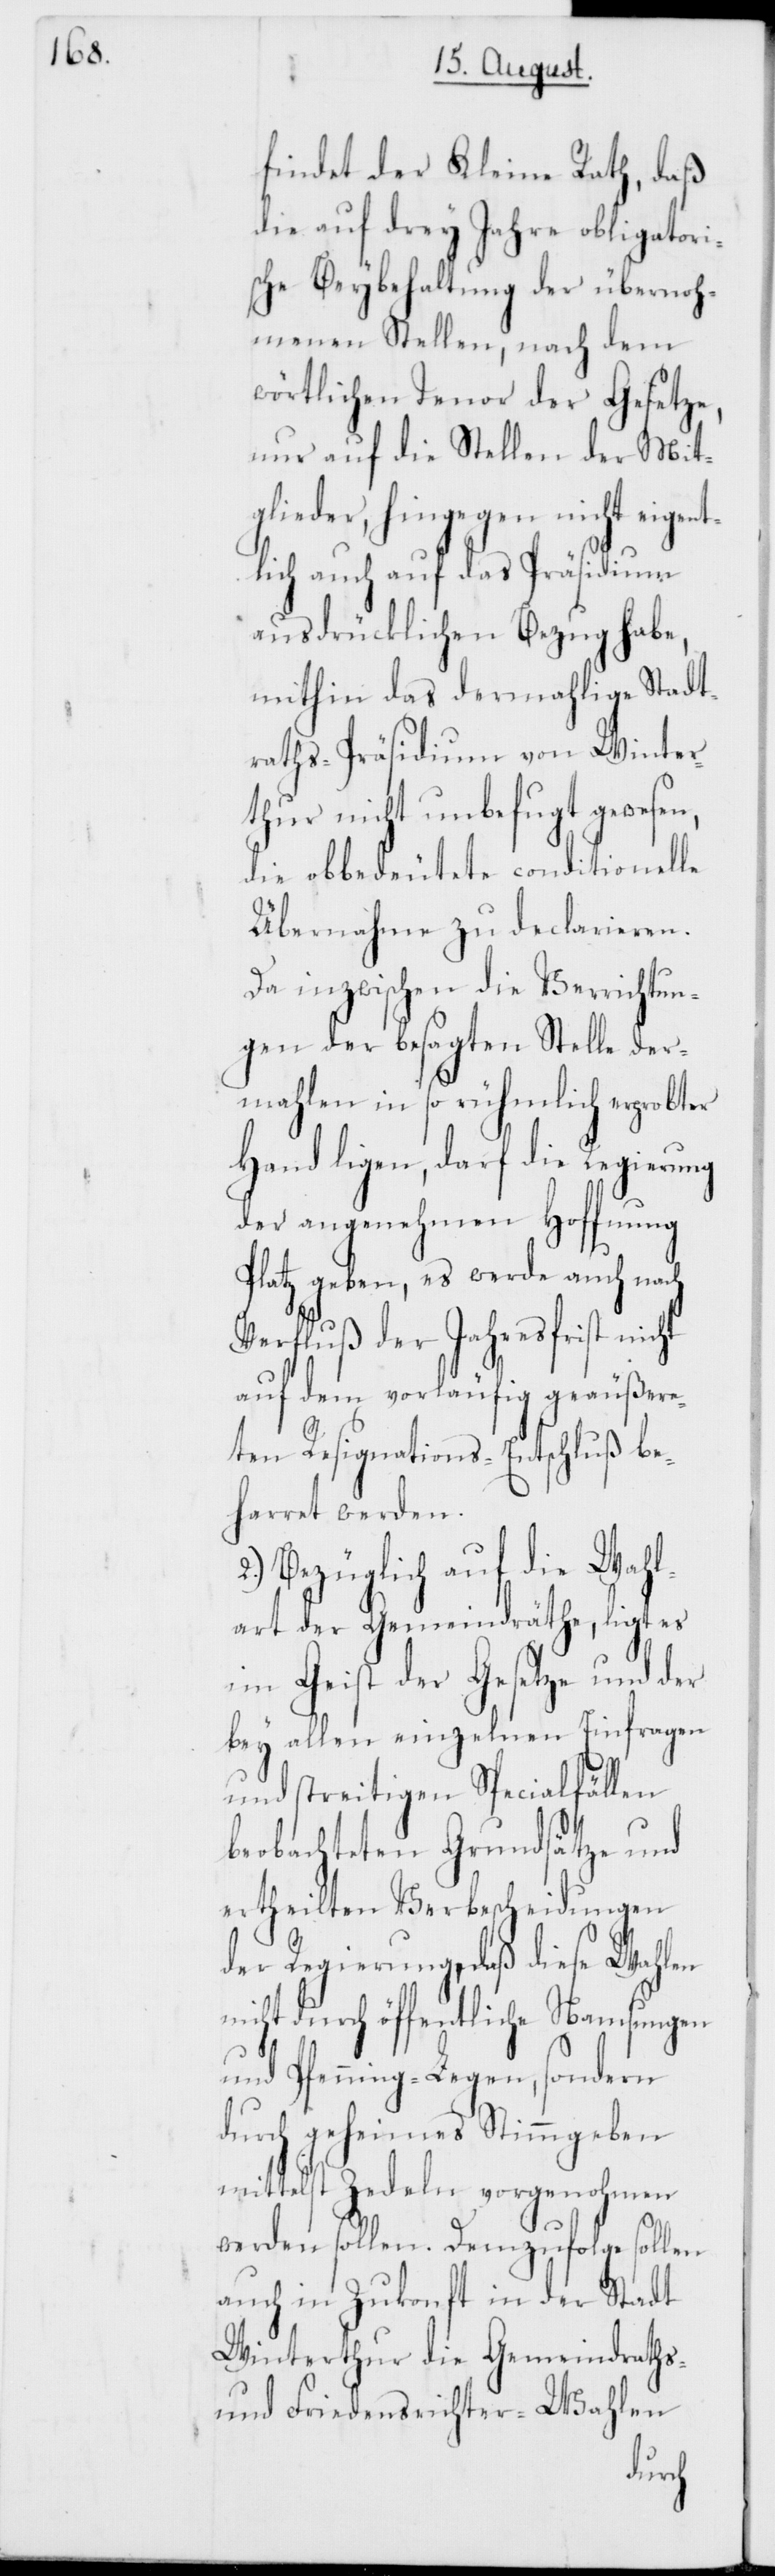
findet der Kleine Rath, daß
die auf drey Jahre obligatori¬
sche Beybehaltung der übenoh¬
menen Stellen, nach dem
wörtlichen Tenor der Gesetze,
nur auf die Stellen der Mit¬
glieder, hingegen nicht eigent¬
lich auch auf das Präsidium
ausdrücklichen Bezug habe,
mithin das dermahlige Stadt¬
rath-Präsidium von Winter¬
thur nicht unbefugt gewesen,
die obbedeutete conditionelle
Übernahme zu declarieren.
Da inzwischen die Verrichtun¬
gen der besagten Stelle der¬
mahlen in so rühmlich erprobter
Hand ligen, darf die Regierung
der angenehmen Hoffnung
Platz geben, es werde auch nach
Verfluß der Jahresfrist nicht
auf dem vorläufig geäußere¬
ten Resignations-Entschluß be¬
harret werden.
2.) Bezüglich auf die Wahl¬
art der Gemeindräthe, ligt es
im Geist der Gesetze und der
bey allen einzelnen Einfragen
und streitigen Specialfällen
beobachteten Grundsätze und
ertheilten Verbescheidungen
der Regierung, daß diese Wahlen
nicht durch öffentliche Namsungen
und Pfenning-Legen, sondern
durch geheimes Stimmgeben
mittelst Zedeln vorgenohmen
werden sollen. Demzufolge sollen
auch in Zukonft in der Stadt
Winterthur die Gemeindraths-
und Friedensrichter-Wahlen